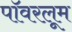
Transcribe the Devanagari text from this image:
पॉवरलूम